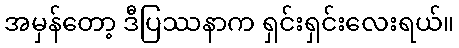
အမှန်တော့ ဒီပြဿနာက ရှင်းရှင်းလေးရယ်။